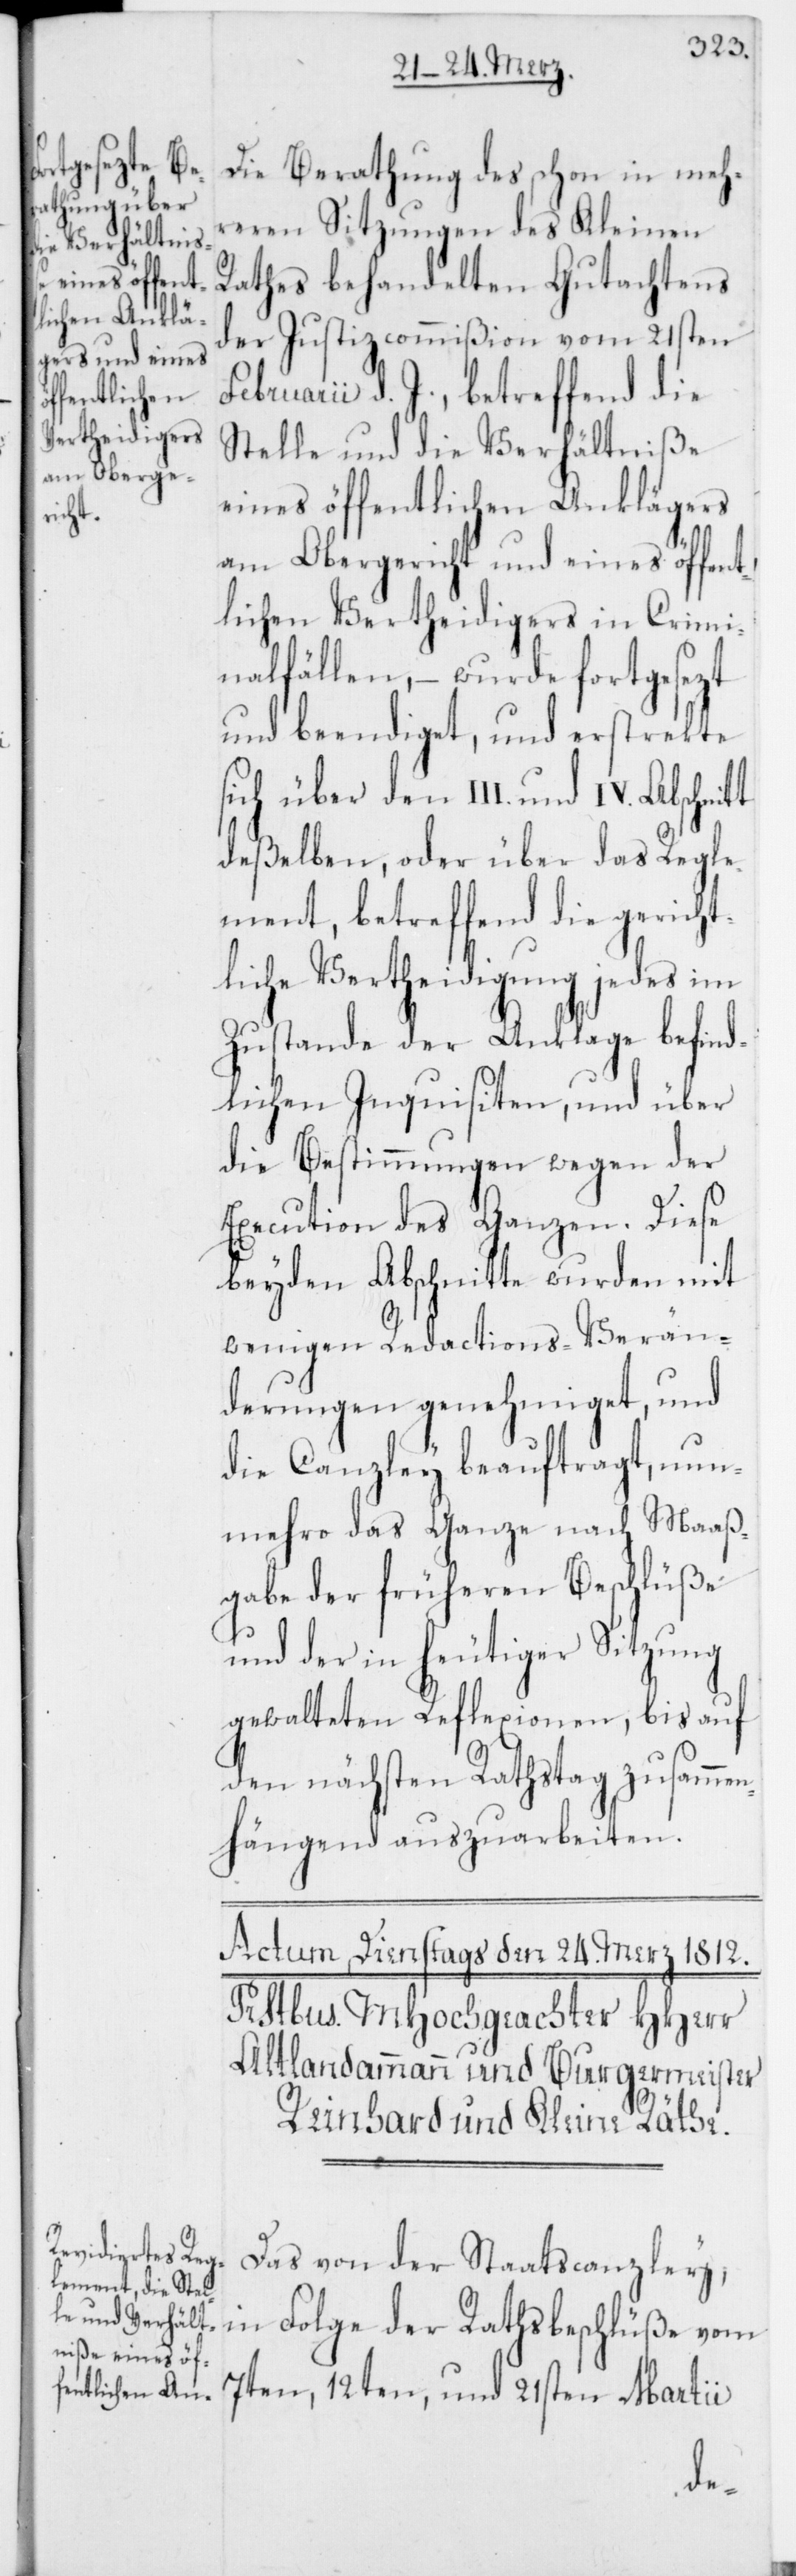
Die Berathung des schon in meh¬
reren Sitzungen des Kleinen
Rathes behandelten Gutachtens
der Justizcommißion vom 21sten
Februarii d. J., betreffend die
Stelle und die Verhältniße
eines öffentlichen Anklägers
am Obergericht und eines öffent¬
lichen Vertheidigers in Crimi¬
nalfällen, – wurde fortgesezt
und beendiget, und erstrekte
sich über den III. und IV. Abschnitt
deßelben, oder über das Regle¬
ment, betreffend die gericht¬
liche Vertheidigung jedes im
Zustande der Anklage befind¬
lichen Inquisiten, und über
die Bestimmungen wegen der
Execution des Ganzen. Diese
beyden Abschnitte wurden mit
wenigen Redactions-Verän¬
derungen genehmiget, und
die Canzley beauftragt, nun¬
mehro das Ganze nach Maaß¬
gabe der früheren Beschlüße
und der in heutiger Sitzung
gewalteten Reflexionen, bis auf
den nächsten Rathstag zusammen¬
hängend auszuarbeiten.
Das von der Staatscanzley,
in Folge der Rathsbeschlüße vom
7ten, 12ten, und 21sten Martii